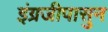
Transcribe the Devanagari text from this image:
इंग्रजीपासुन